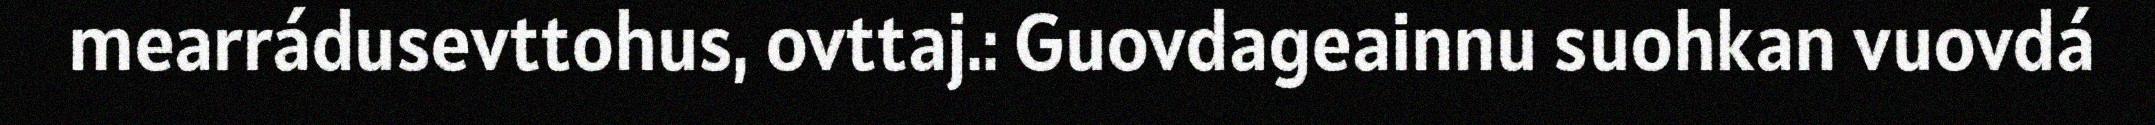
mearrádusevttohus, ovttaj.: Guovdageainnu suohkan vuovdá